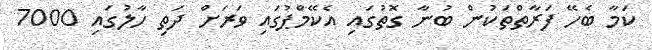
ކަމާ ބެހޭ ފަރާތްތަކުން ބުނާ ގޮތުގައި އެކޭމްޕުގައި ވަރަށް ދަތި ހާލުގައި 7000